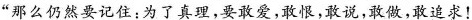
”那么仍然要记住：为了真理，要敢爱，敢恨，敢说，敢做，敢追求！